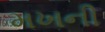
મખની